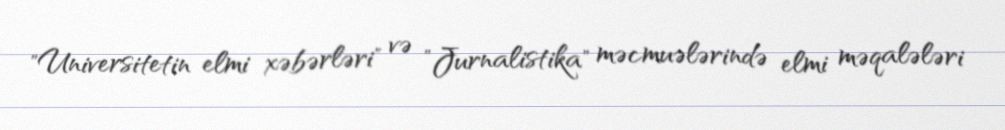
"Universitetin elmi xəbərləri" və "Jurnalistika" məcmuələrində elmi məqalələri